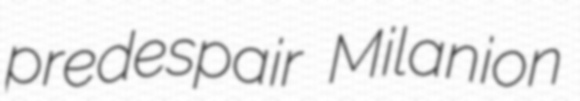
predespair Milanion